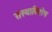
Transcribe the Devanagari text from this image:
संस्थाविशेष